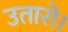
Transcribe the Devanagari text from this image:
उतारो।